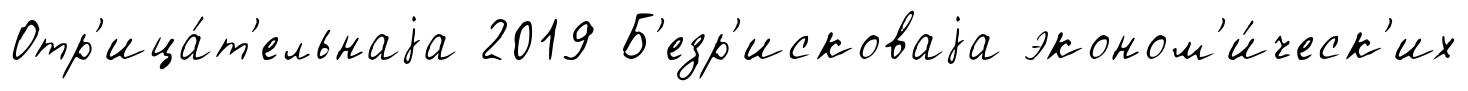
Отр'ица́т'ельнаjа 2019 Б'езр'исковаjа эконом'и́ческ'их